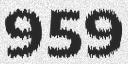
959